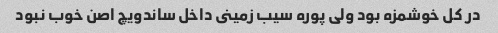
در کل خوشمزه بود ولى پوره سیب زمینى داخل ساندویچ اصن خوب نبود